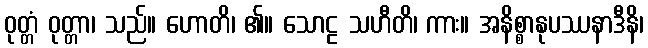
ဝုတ္တံ ဝုတ္တာ၊ သည်။ ဟောတိ၊ ၏။ သောဠ သဟီတိ၊ ကား။ အနိစ္စာနုပဿနာဒီနိ၊